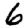
Digit: 6